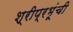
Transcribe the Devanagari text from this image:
श्रीप्रभूंची